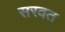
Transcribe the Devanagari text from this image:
सरवत